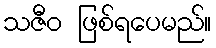
သဇီဝ ဖြစ်ရပေမည်။